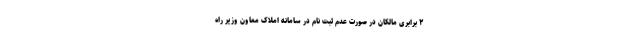
۲ برابری مالکان در صورت عدم ثبت ‌نام در سامانه املاک معاون وزیر راه